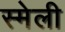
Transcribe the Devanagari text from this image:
स्मेली